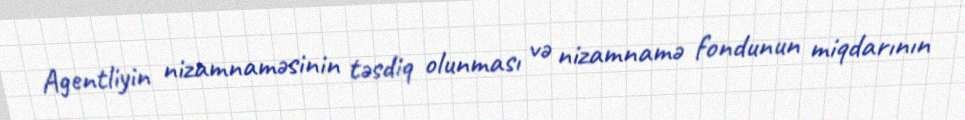
Agentliyin nizamnaməsinin təsdiq olunması və nizamnamə fondunun miqdarının